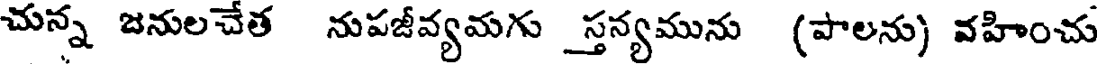
చున్న జనులచేత నుపజీవ్యమగు _స్తన్యమును (పాలను) వహించు